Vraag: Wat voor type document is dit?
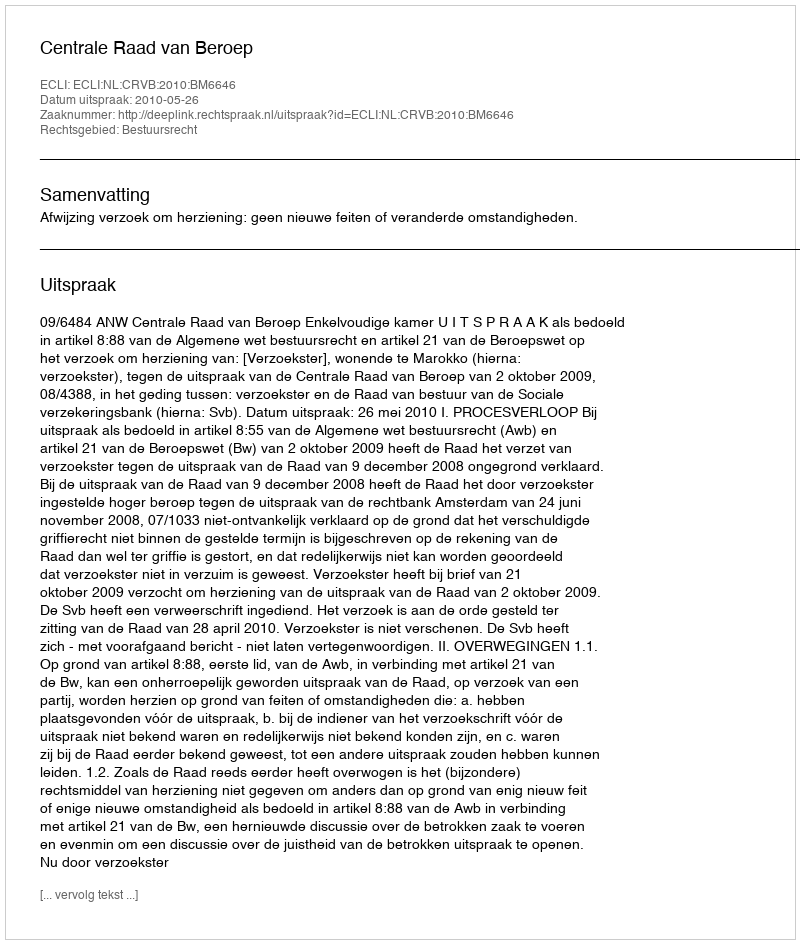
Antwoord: Uitspraak